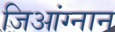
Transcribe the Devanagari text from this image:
जिआंग्नान